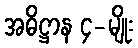
အဓိဋ္ဌာန ၄-မျိုး